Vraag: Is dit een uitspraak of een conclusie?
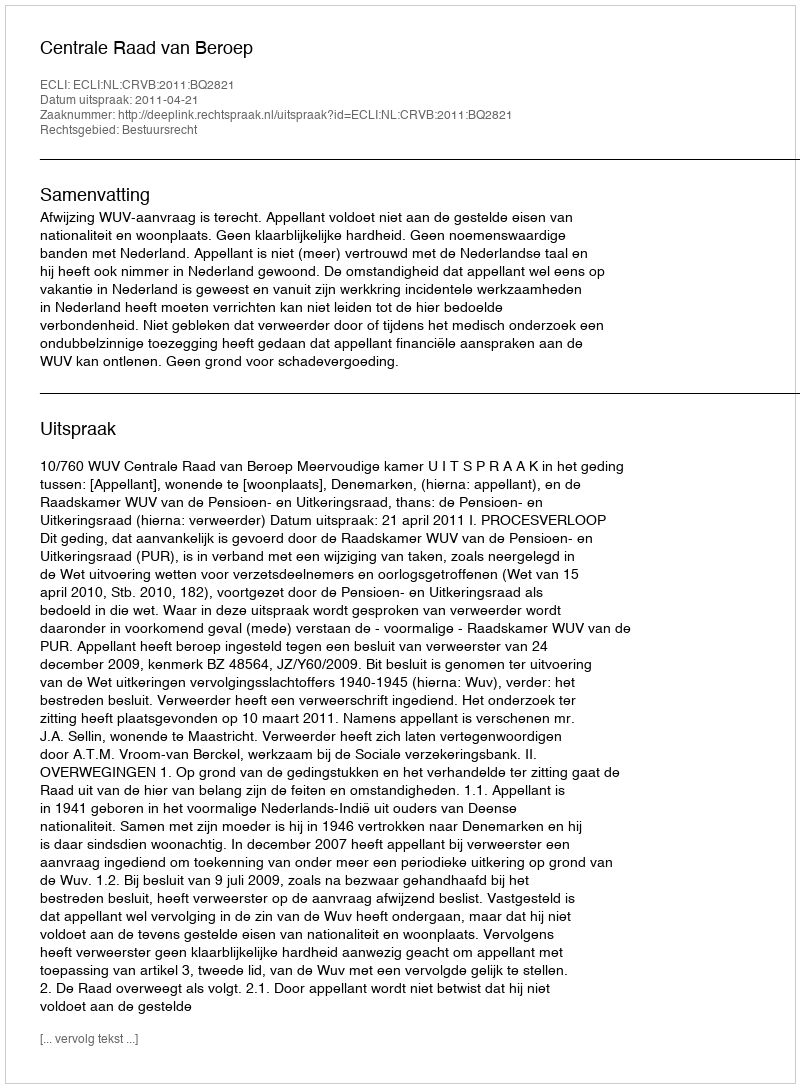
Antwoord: Uitspraak